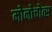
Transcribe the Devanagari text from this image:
मोनोचोत्स